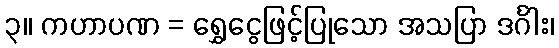
၃။ ကဟာပဏ = ရွှေငွေဖြင့်ပြုသော အသပြာ ဒင်္ဂါး၊